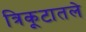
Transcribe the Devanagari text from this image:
त्रिकूटातले